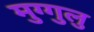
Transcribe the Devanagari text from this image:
मुग्गुलु